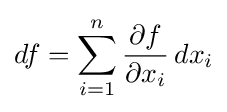
df=\sum _{i=1}^{n}{\frac {\partial f}{\partial x_{i}}}\,dx_{i}